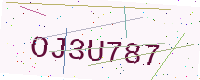
Text: OJ3U787